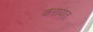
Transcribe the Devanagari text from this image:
करायत